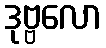
ဒုဗ္ဗလော